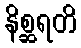
နိစ္ဆရတိ